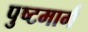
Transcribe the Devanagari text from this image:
पुष्टमार्ग